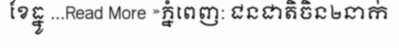
ខែធ្នូ ...Read More »ភ្នំពេញ: ជនជាតិចិន២នាក់